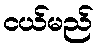
ငယ်မည်